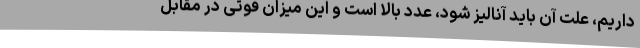
داریم، علت آن باید آنالیز شود، عدد بالا است و این میزان فوتی در مقابل